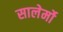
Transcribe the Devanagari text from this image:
सालेर्मो